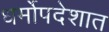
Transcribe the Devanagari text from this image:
धर्मोपदेशात